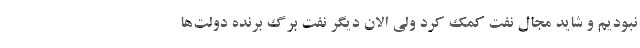
نبودیم و شاید مجال نفت کمک کرد ولی الان دیگر نفت برگ برنده دولت‌ها